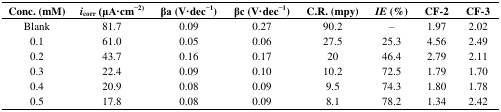
<table><thead><tr><td><b>Conc. (mM)</b></td><td><b><i>i</i><sub>corr</sub> (μA·cm<sup>−2)</sup></b></td><td><b>βa (V·dec<sup>−1</sup>)</b></td><td><b>βc (V·dec<sup>−1</sup>)</b></td><td><b>C.R. (mpy)</b></td><td><b><i>IE</i> (%)</b></td><td><b>CF-2</b></td><td><b>CF-3</b></td></tr></thead><tbody><tr><td>Blank</td><td>81.7</td><td>0.09</td><td>0.27</td><td>90.2</td><td>–</td><td>1.97</td><td>2.02</td></tr><tr><td>0.1</td><td>61.0</td><td>0.05</td><td>0.06</td><td>27.5</td><td>25.3</td><td>4.56</td><td>2.49</td></tr><tr><td>0.2</td><td>43.7</td><td>0.16</td><td>0.17</td><td>20</td><td>46.4</td><td>2.79</td><td>2.11</td></tr><tr><td>0.3</td><td>22.4</td><td>0.09</td><td>0.10</td><td>10.2</td><td>72.5</td><td>1.79</td><td>1.70</td></tr><tr><td>0.4</td><td>20.9</td><td>0.08</td><td>0.09</td><td>9.5</td><td>74.3</td><td>1.80</td><td>1.78</td></tr><tr><td>0.5</td><td>17.8</td><td>0.08</td><td>0.09</td><td>8.1</td><td>78.2</td><td>1.34</td><td>2.42</td></tr></tbody></table>